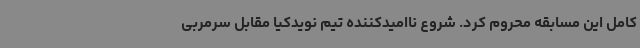
کامل این مسابقه محروم کرد. شروع ناامیدکننده تیم نویدکیا مقابل سرمربی